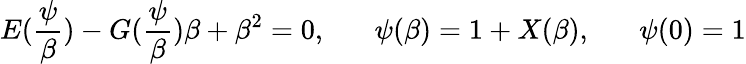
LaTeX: E(\frac{\psi}{\beta})-G(\frac{\psi}{\beta})\beta+\beta^{2}=0,\; \; \; \; \; \; \psi(\beta)=1+X(\beta),\; \; \; \; \; \; \psi(0)=1